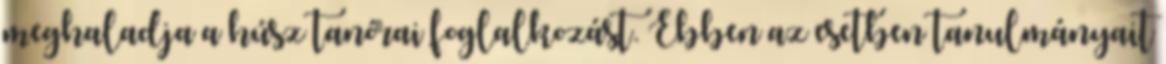
meghaladja a húsz tanórai foglalkozást. Ebben az esetben tanulmányait